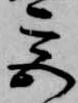
宮